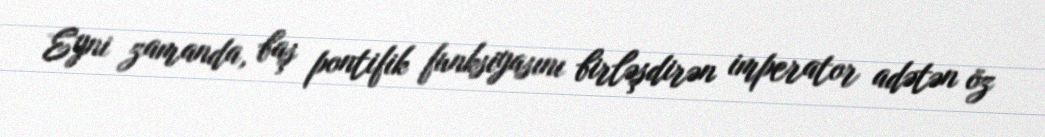
Eyni zamanda, baş pontifik funksiyasını birləşdirən imperator adətən öz